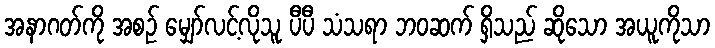
အနာဂတ်ကို အစဉ် မျှော်လင့်လိုသူ ပီပီ သံသရာ ဘဝဆက် ရှိသည် ဆိုသော အယူကိုသာ